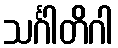
သင်္ဂါတိဂါ